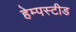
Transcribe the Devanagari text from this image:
हेम्पस्टीड